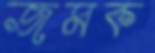
জমক